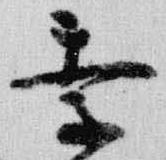
季